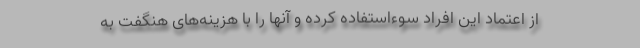
از اعتماد این افراد سوءاستفاده کرده و آنها را با هزینه‌های هنگفت به